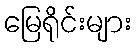
မြေရိုင်းများ